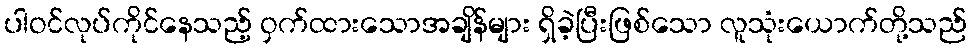
ပါဝင်လုပ်ကိုင်နေသည့် ဝှက်ထားသောအချိန်များ ရှိခဲ့ပြီးဖြစ်သော လူသုံးယောက်တို့သည်